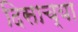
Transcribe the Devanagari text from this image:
दिसाच्या